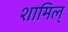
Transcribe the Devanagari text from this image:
शामिल्